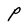
Character: P